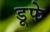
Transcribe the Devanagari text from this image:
डूफे